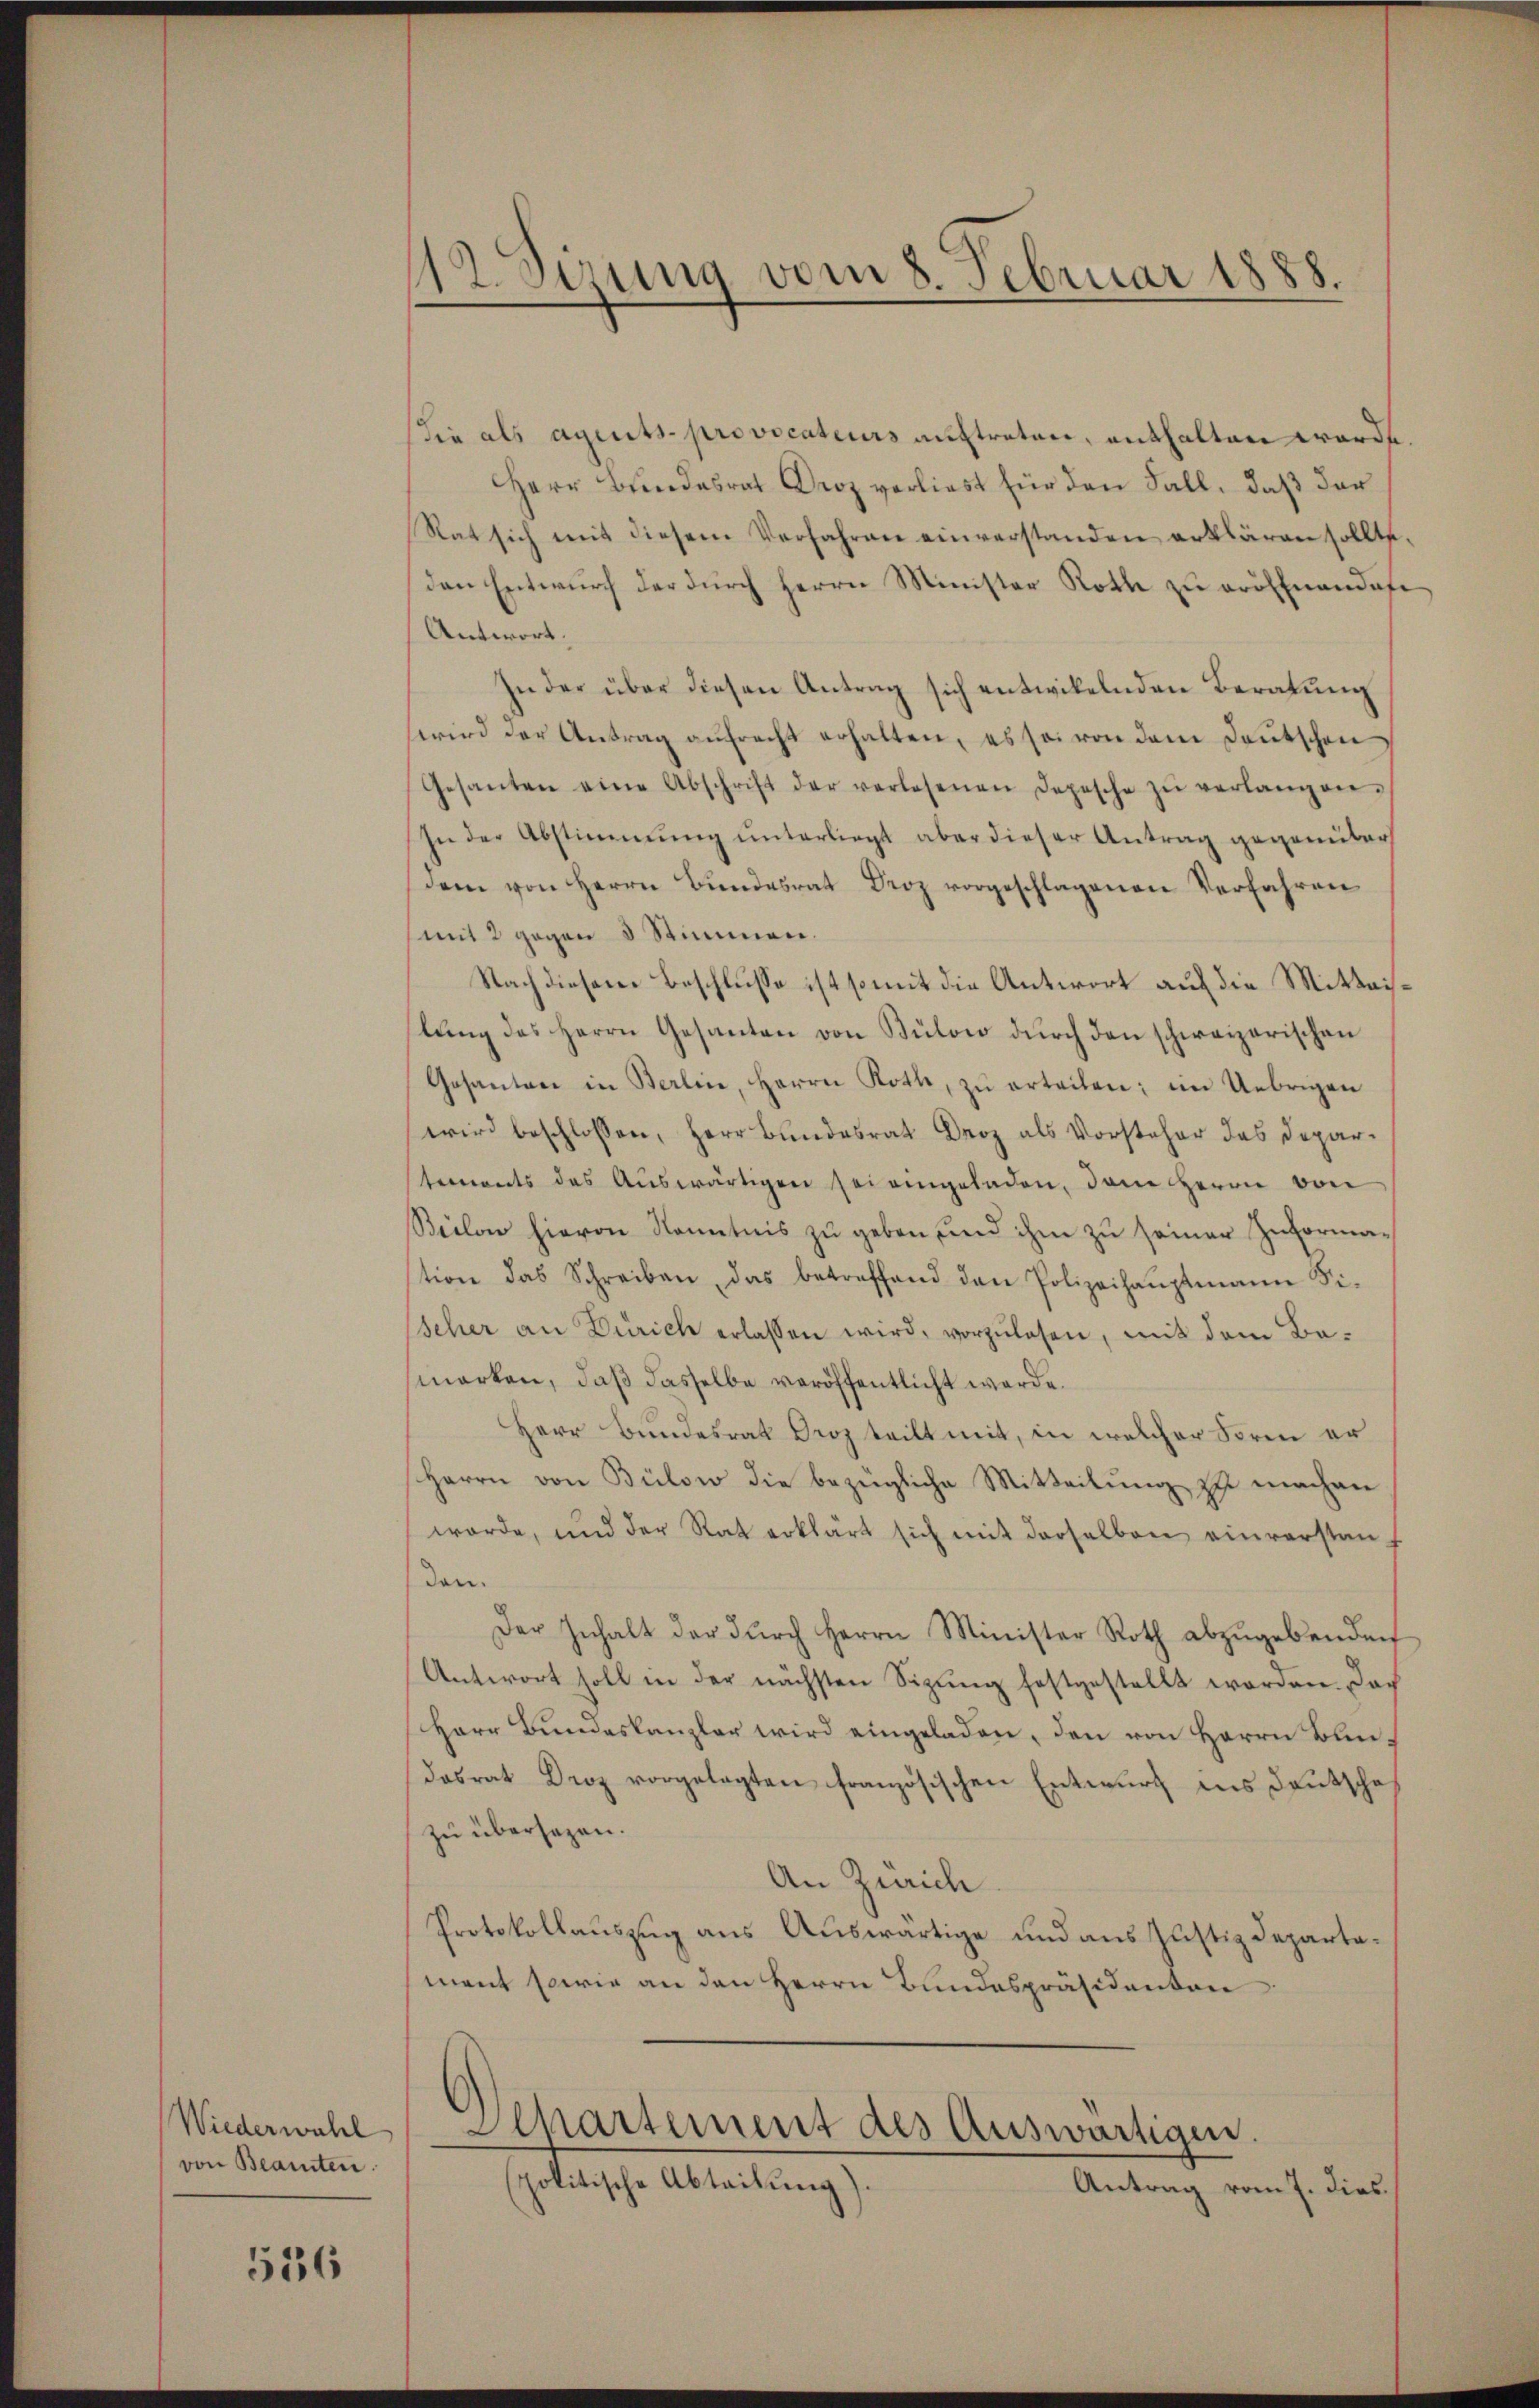
Wiederwahl
von Beamten.

536

12. Sizung vom 8. Februar 1888.

ie als aguits provocateurs auftreten, enthalten werde.
Herr Bundesrat Droz verliest für den Fall, daß der
Rat sich mit diesem Verfahren einverstanden erklären sollte.
den Entwurf der durch Herrn Minister Roth zu eröffnendete
Antwort.
In der über diesen Antrag sich entwikelnden Beratung
wird der Antrag aŭfrecht erhalten, es sei von dem deŭtschen
Gesanten eine Abschrift der verlesenen Depesche zŭ verlangen.
In der Abstimmŭng ŭnterliegt aber dieser Antrag gegenüber
dem von Herrn Bŭndesrat Droz vorgeschlagenen Verfahren
mit 2 gegen 3 Stimmen.
Nach diesem Beschlusse ist somit die Antwort auf die Mittaislŭng des Herrn Gesanten von Bülow dŭrch den schweizerischen
Gesanten in Berlin, Herrn Roth, zŭ erteilen; im Uebrigen
wird beschlossen, Herr Bundesrat Droz als Vorsteher das Departements des Aŭswärtigen sei eingeladen, dem Herrn von
Beilen hievon Kenntnis zu geben, und ihm zu seiner Zuforma-
stion das Schreiben, das betreffend den Polizeihaŭptmann Fi-
scher an Zürich erlassen wird, vorzulesen, mit dem Bemarken, daß dasselbe veröffentlicht werde.
Herr Bundesrat Droz teilt mit, in welcher Sore er
Herrn von Bülow die bezügliche Mitteilung zu machen
werde, und der Rat erklärt sich mit derselben einverstanden.
Der Inhalt der dŭrch Herrn Minister Roth abzŭgebenden
Antwort soll in der nächsten Sizung festgestellt worden. Das
Herr Bundeskanzler wird eingeladen, den von Herrn Bundasrat Droz vorgelegten französischen Entwurf ins Deutsche
zu übersagen.
An Zürich
Protokollauszug aus Auswärtige und aus Justizdepartamant sowie an den Herrn Bundespräsidenten
Departement des Auswärtigen.
spolitische Abteilung)
Antrag vom 7. dies